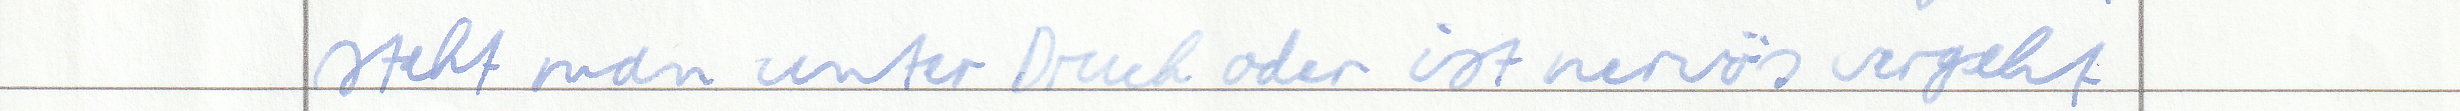
steht man unter Druck oder ist nervös vergeht